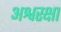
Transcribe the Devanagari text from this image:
अश्वरक्षा